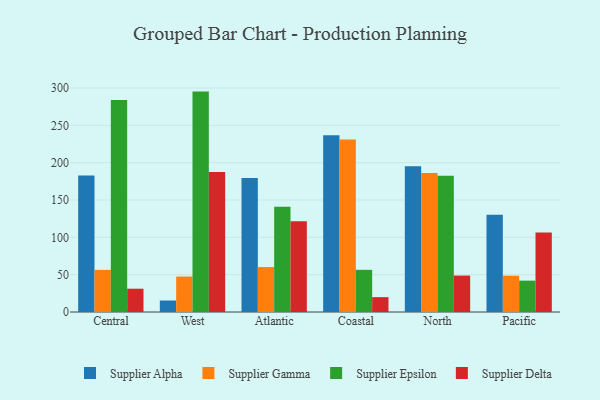
{"axis": {"x": "Region", "y": "Inventory Turnover"}, "legend": ["Supplier Alpha", "Supplier Delta", "Supplier Epsilon", "Supplier Gamma"], "data": [{"x": "Central", "y": 182.7, "type": "Supplier Alpha"}, {"x": "Central", "y": 56.4, "type": "Supplier Gamma"}, {"x": "Central", "y": 284.1, "type": "Supplier Epsilon"}, {"x": "Central", "y": 31.2, "type": "Supplier Delta"}, {"x": "West", "y": 15.4, "type": "Supplier Alpha"}, {"x": "West", "y": 47.5, "type": "Supplier Gamma"}, {"x": "West", "y": 295.2, "type": "Supplier Epsilon"}, {"x": "West", "y": 187.5, "type": "Supplier Delta"}, {"x": "Atlantic", "y": 179.6, "type": "Supplier Alpha"}, {"x": "Atlantic", "y": 60.2, "type": "Supplier Gamma"}, {"x": "Atlantic", "y": 141.1, "type": "Supplier Epsilon"}, {"x": "Atlantic", "y": 121.6, "type": "Supplier Delta"}, {"x": "Coastal", "y": 236.8, "type": "Supplier Alpha"}, {"x": "Coastal", "y": 230.9, "type": "Supplier Gamma"}, {"x": "Coastal", "y": 56.5, "type": "Supplier Epsilon"}, {"x": "Coastal", "y": 19.9, "type": "Supplier Delta"}, {"x": "North", "y": 195.2, "type": "Supplier Alpha"}, {"x": "North", "y": 186.1, "type": "Supplier Gamma"}, {"x": "North", "y": 182.5, "type": "Supplier Epsilon"}, {"x": "North", "y": 48.8, "type": "Supplier Delta"}, {"x": "Pacific", "y": 130.4, "type": "Supplier Alpha"}, {"x": "Pacific", "y": 48.6, "type": "Supplier Gamma"}, {"x": "Pacific", "y": 42.0, "type": "Supplier Epsilon"}, {"x": "Pacific", "y": 106.4, "type": "Supplier Delta"}]}